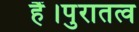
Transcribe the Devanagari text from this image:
हैं।पुरातत्व